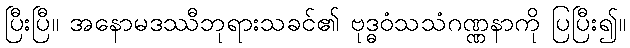
ပြီးပြီ။ အနောမဒဿီဘုရားသခင်၏ ဗုဒ္ဓဝံသသံဂဏ္ဏနာကို ပြပြီး၍။